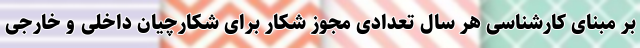
بر مبنای کارشناسی هر سال تعدادی مجوز شکار برای شکارچیان داخلی و خارجی